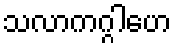
သလာကဂ္ဂါဟေ